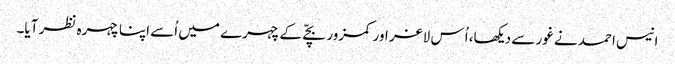
انیس احمد نے غور سے دیکھا، اُس لاغر اور کمزور بچّے کے چہرے میں اُسے اپنا چہرہ نظر آیا۔